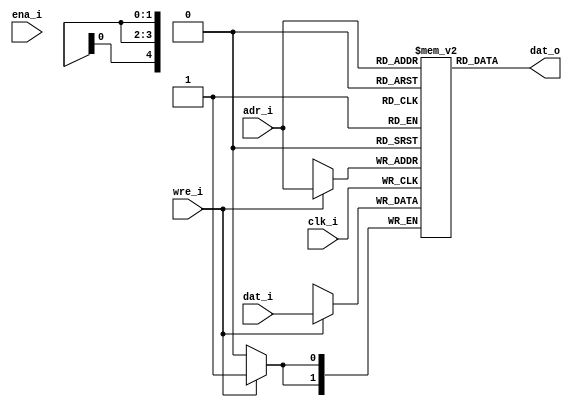
/* $Id: aeMB2_sparam.v,v 1.2 2008-04-26 01:09:06 sybreon Exp $
** 
** AEMB2 EDK 6.2 COMPATIBLE CORE
** Copyright (C) 2004-2008 Shawn Tan <shawn.tan@aeste.net>
** 
** This file is part of AEMB.
**
** AEMB is free software: you can redistribute it and/or modify it
** under the terms of the GNU Lesser General Public License as
** published by the Free Software Foundation, either version 3 of the
** License, or (at your option) any later version.
**
** AEMB is distributed in the hope that it will be useful, but WITHOUT
** ANY WARRANTY; without even the implied warranty of MERCHANTABILITY
** or FITNESS FOR A PARTICULAR PURPOSE.  See the GNU Lesser General
** Public License for more details.
**
** You should have received a copy of the GNU Lesser General Public
** License along with AEMB. If not, see <http:**www.gnu.org/licenses/>.
*/
/**
 * @file aeMB2_sparam.v
 * @brief On-chip single-port asynchronous SRAM.

 * This will be implemented as distributed RAM.
  
 */
`timescale  1ns/1ps
module aeMB2_sparam (/*AUTOARG*/
   // Outputs
   dat_o,
   // Inputs
   adr_i, dat_i, wre_i, clk_i, ena_i
   ) ;
   parameter AW = 5; // 32
   parameter DW = 2; // x2

   // PORT A - READ/WRITE
   output [DW-1:0] dat_o;  
   input [AW-1:0]  adr_i;
   input [DW-1:0]  dat_i;
   input 	   wre_i;
   
   // SYSCON
   input 	   clk_i, ena_i;

   /*AUTOREG*/
   
   reg [DW-1:0]    rRAM [(1<<AW)-1:0];
   reg [AW-1:0]    rADDR;
   
   always @(posedge clk_i)
     begin
	if (wre_i) 
	  rRAM[adr_i] <= #1 dat_i;	
     end
   
   assign 	   dat_o = rRAM[adr_i];
   
   // --- SIMULATION ONLY ------------------------------------
   // synopsys translate_off
   integer i;
   initial begin
      for (i=0; i<(1<<AW); i=i+1) begin
	 rRAM[i] <= {(DW){1'b0}};	 
end
   end
   // synopsys translate_on
   
endmodule // aeMB2_sparam

/*
 $Log: not supported by cvs2svn $
 Revision 1.1  2008/04/20 16:33:39  sybreon
 Initial import.
*/